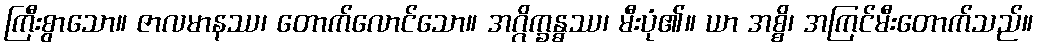
ကြီးစွာသော။ ဇာလမာနဿ၊ တောက်လောင်သော။ အဂ္ဂိက္ခန္ဓဿ၊ မီးပုံ၏။ ယာ အစ္စိ၊ အကြင်မီးတောက်သည်။